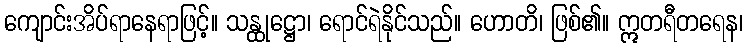
ကျောင်းအိပ်ရာနေရာဖြင့်။ သန္ထုဋ္ဌော၊ ရောင်ရဲနိုင်သည်။ ဟောတိ၊ ဖြစ်၏။ ဣတရီတရေန၊